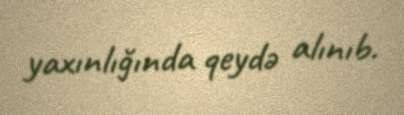
yaxınlığında qeydə alınıb.